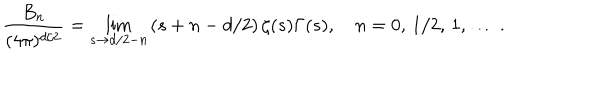
LaTeX: \frac { B _ { n } } { ( 4 \pi ) ^ { d / 2 } } = \lim _ { s \to d / 2 - n } \left( s + n - d / 2 \right) \zeta ( s ) \Gamma ( s ) , \quad n = 0 , \, 1 / 2 , \, 1 , \, \ldots \, { . }